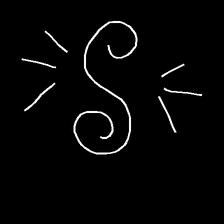
Glyph: wind-directs-air